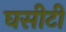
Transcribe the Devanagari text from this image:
घसीटी